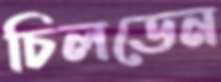
চিলডেন